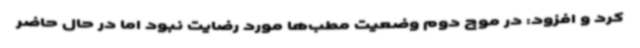
کرد و افزود: در موج دوم وضعیت مطب‌ها مورد رضایت نبود اما در حال حاضر